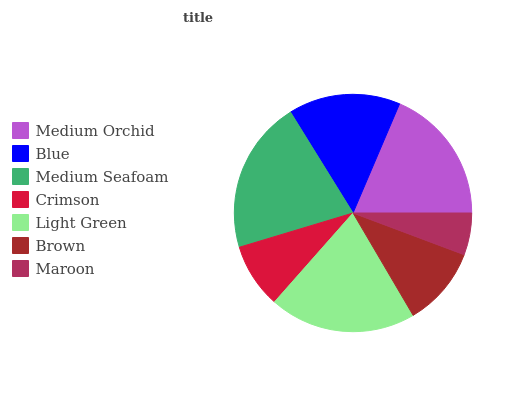
| Medium Orchid | Blue | Medium Seafoam | Crimson | Light Green | Brown | Maroon |
 | --- | --- | --- | --- | --- | --- | --- |
 | 18.6% | 15.2% | 20.8% | 8.83% | 19.9% | 10.8% | 5.71% |